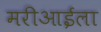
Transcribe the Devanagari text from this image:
मरीआईला